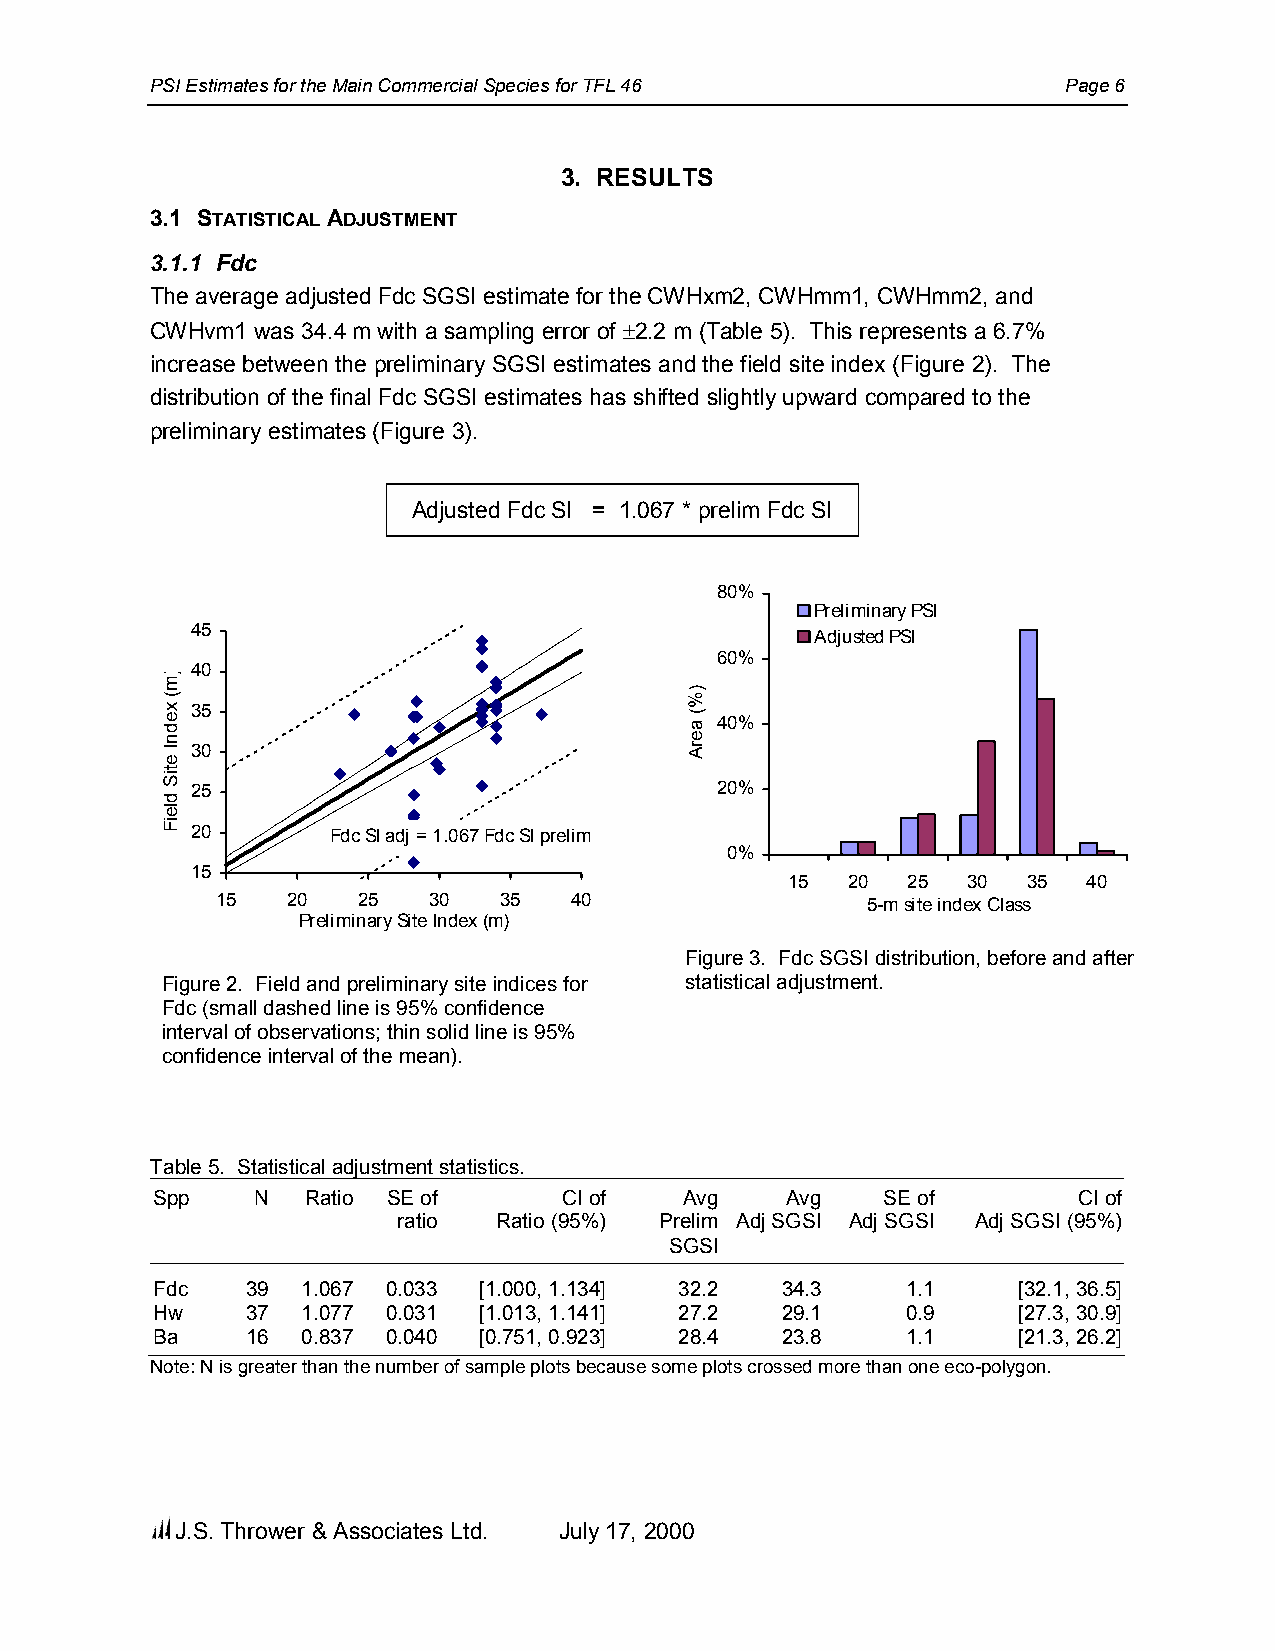
PSI Estimates for the Main Commercial Species for TFL 46     Page 6
 3. RESULTS
 3.1 STATISTICAL ADJUSTMENT
 3.1.1 Fdc
 The average adjusted Fdc SGSI estimate for the CWHxm2, CWHmm1, CWHmm2, and
 CWHvm1 was 34.4 m with a sampling error of ±2.2 m (Table 5). This represents a 6.7%
 increase between the preliminary SGSI estimates and the field site index (Figure 2). The
 distribution of the final Fdc SGSI estimates has shifted slightly upward compared to the
 preliminary estimates (Figure 3).
 Adjusted Fdc SI = 1.067 * prelim Fdc SI
 80%
 Preliminary PSI
 45
 Adjusted PSI
 60%
 40
 35
 40%
 30
 25                                20%
 20       Fdc SI adj = 1.067 Fdc SI prelim
 0%
 15
 15  20  25  30  35  40
 15   20   25  30   35   40                 5-m site index Class
 Preliminary Site Index (m)
 Figure 3. Fdc SGSI distribution, before and after
 Figure 2. Field and preliminary site indices for statistical adjustment.
 Fdc (small dashed line is 95% confidence
 interval of observations; thin solid line is 95%
 confidence interval of the mean).
 Table 5. Statistical adjustment statistics.
 Spp    N  Ratio SE of      CI of   Avg    Avg   SE of        CI of
 ratio  Ratio (95%) Prelim Adj SGSI Adj SGSI Adj SGSI (95%)
 SGSI
 Fdc   39  1.067 0.033 [1.000, 1.134] 32.2 34.3    1.1    [32.1, 36.5]
 Hw    37  1.077 0.031 [1.013, 1.141] 27.2 29.1    0.9    [27.3, 30.9]
 Ba    16  0.837 0.040 [0.751, 0.923] 28.4 23.8    1.1    [21.3, 26.2]
 Note: N is greater than the number of sample plots because some plots crossed more than one eco-polygon.
 J.S. Thrower & Associates Ltd. July 17, 2000
 )m(
 xednI
 etiS
 dleiF
 )%(
 aerA